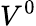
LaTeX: V^{0}